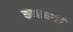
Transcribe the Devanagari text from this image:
कणाधारी